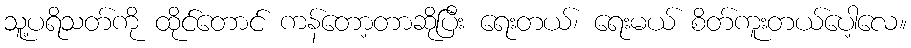
သူ့ပရိသတ်ကို ထိုင်တောင် ကန်တော့တာဆိုပြီး ရေးတယ်၊ ရေးမယ် စိတ်ကူးတယ်ပေါ့လေ။